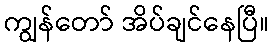
ကျွန်တော် အိပ်ချင်နေပြီ။